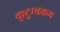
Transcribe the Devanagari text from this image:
कुटुम्‍बकम